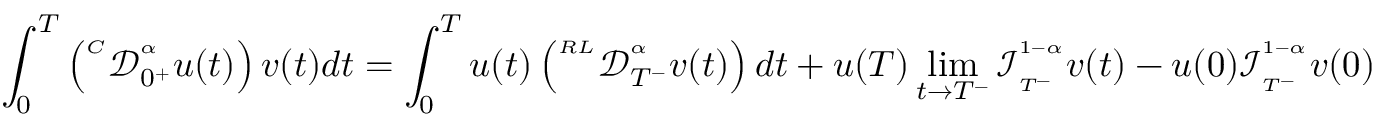
\begin{array} { l l l } { \displaystyle \int _ { 0 } ^ { T } \left( { ^ { ^ C } \mathcal { D } _ { 0 ^ { + } } ^ { ^ \alpha } } u ( t ) \right) v ( t ) d t = \displaystyle \int _ { 0 } ^ { T } u ( t ) \left( { ^ { ^ { R L } } \mathcal { D } _ { T ^ { - } } ^ { ^ \alpha } } v ( t ) \right) d t + u ( T ) \operatorname* { l i m } _ { t \rightarrow T ^ { - } } \mathcal { I } _ { _ { T ^ { - } } } ^ { ^ { 1 - \alpha } } v ( t ) - u ( 0 ) \mathcal { I } _ { _ { T ^ { - } } } ^ { ^ { 1 - \alpha } } v ( 0 ) } \end{array}